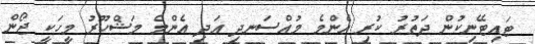
ޓައިޓޭނިކުން ދަތުރު ކުރި އެންމެ މުއްސަނދި އަދި އެންމެ މަޝްހޫރު މީހަކީ ޖޯން